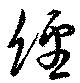
経